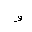
Letter: _waw